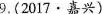
9.(2017·嘉兴)